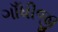
ગાઁધીજી